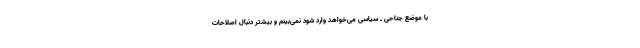
با موضع جناحی ـ سیاسی می‌خواهد وارد شود نمی‌بینم و بیشتر دنبال اصلاحات